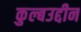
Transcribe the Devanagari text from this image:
कुल्बउद्दीन